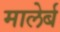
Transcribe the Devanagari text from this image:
मालेर्ब